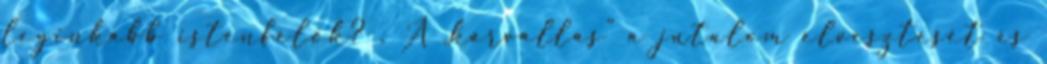
leginkább istenfélők? . A „kárvallás” a jutalom elvesztését és